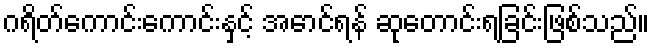
ဂရိတ်ကောင်းကောင်းနှင့် အောင်ရန် ဆုတောင်းရခြင်းဖြစ်သည်။